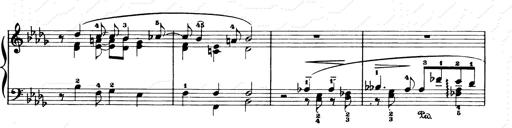
Title: Consolations and LiebestrÃ¤ume for the Piano
Composer: Franz Liszt